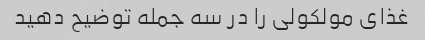
غذای مولکولی را در سه جمله توضیح دهید